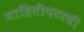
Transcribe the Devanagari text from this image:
माहितीपटाची